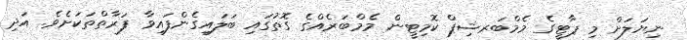
ނިޔަލަށް މި ޕާޓީގެ މެމްބަރޝިޕް ކޮމިޓީން މެމްބަރެއްގެ ގޮތުގައި ބަލައިގެންފައިވާ ފަރާތްތަކަށެވެ. އަދި